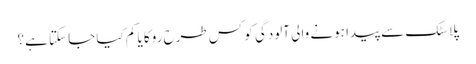
پلاسٹک سے پیدا ہونے والی آلودگی کو کس طرح روکا یا کم کیا جا سکتا ہے؟